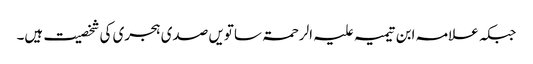
جبکہ علامہ ابن تیمیہ علیہ الرحمۃ ساتویں صدی ہجری کی شخصیت ہیں۔